Rangoon Lunatic Asylum 1898-1906 - 1898-1906
Year: 1898
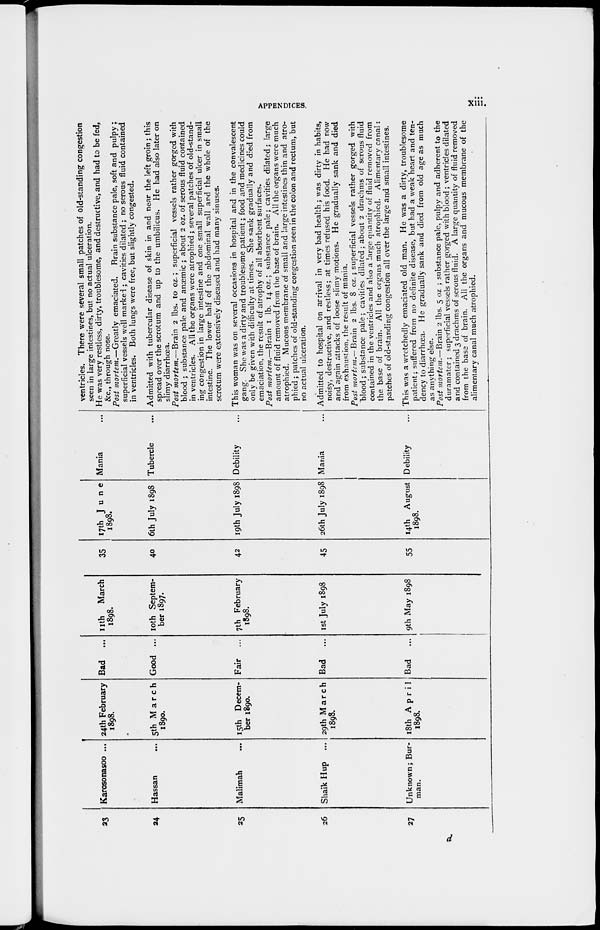
APPENDICES.
xiii.
23
24
25
26
27
Karosonasoo ...
Hassan ...
Malimah ...
Shaik Hup ...
Unknown; Bur-
man.
24th February
1898.
5th March
1890.
15th Decem-
ber 1890.
29th March
1898.
18th April
1898.
Bad ...
Good ...
Fair ...
Bad ...
Bad
...
11th
March
1898.
10th Septem-
ber 1897.
7th February
1898.
1st July 1898
9th May 1898
35
40
42
45
55
17th June
1898.
6th July 1898
19th July 1898
26th July 1898
14th August
1898.
Mania ...
Tubercle ...
Debility ...
Mania ...
Debility ...
ventricles. There were several small patches of old-standing congestion
seen in large intestines, but no actual ulceration.
He was very restless, dirty, troublesome, and destructive, and had to be fed,
&c., through nose.
Post mortem.—Greatly
emaciated.
Brain substance pale, soft and pulpy ;
superficial vessels well marked; cavities dilated ; no serous fluid contained
in ventricles. Both lungs were free, but slightly congested.
Admitted with tubercular disease of skin in and near the left groin; this
spread over the scrotum and up to the umbilicus. He had also later on
slimy diarrhœa.
Post mortem.—Brain 2 lbs. 10 oz.; superficial vessels rather gorged with
blood ; substance pale and anæmic ; about 2 oz. of serous fluid contained
in ventricles. All the organs were atrophied ; several patches of old-stand-
ing congestion in large intestine and one small superficial ulcer in small
intestine. The lower half of the abdominal wall and the whole of the
scrotum were extensively diseased and had many sinuses.
This woman was on several occasions in hospital and in the convalescent
gang. She was a dirty and troublesome patient; food and medicines could
only be given with difficulty at times. She sank gradually and died from
emaciation, the result of atrophy of all absorbent surfaces.
Post mortem.—Brain 1 lb. 14 oz.; substance pale; cavities dilated; large
amount of fluid removed from the base of brain. All the organs were much
atrophied. Mucous membrane of small and large intestines thin and atro-
phied ; patches of old-standing congestion seen in the colon and rectum, but
no actual ulceration.
Admitted to hospital on arrival in very bad health ; was dirty in habits,
noisy, destructive, and restless; at times refused his food. He had now
and again attacks of loose slimy motions. He gradually sank and died
from exhaustion, the result of mania.
Post mortem.— Brain 2 lbs. 8 oz.; superficial vessels rather gorged with
blood ; substance pale; cavities dilated; about 2 drachms of serous fluid
contained in the ventricles and also a large quantity of fluid removed from
the base of brain. All the organs much atrophied. Alimentary canal:
patches of old-standing congestion all over the large and small intestines.
This was a wretchedly emaciated old man. He was a dirty, troublesome
patient; suffered from no definite disease, but had a weak heart and ten-
dency to diarrhœa. He gradually sank and died from old age as much
as anything else.
Post mortem.—Brain 2 lbs. 5 oz ; substance pale, pulpy and adherent to the
duramater ; superficial vessels rather gorged with blood ; ventricles dilated
and contained 3 drachms of serous fluid. A large quantity of fluid removed
from the base of brain. Ali the organs and mucous membrane of the
alimentary canal much atrophied.